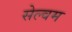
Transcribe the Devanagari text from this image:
सेल्वम